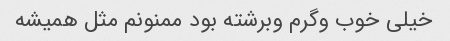
خیلى خوب وگرم وبرشته بود ممنونم مثل همیشه